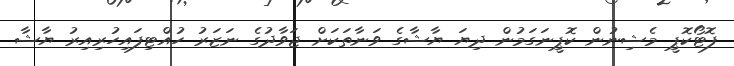
ފޮޓޯކޮޕީ މެޝިނުން ކޮޕީނަގަމުން ދިޔަ ޔާޝާގެ ވަނާތަކަށް ޖަވާދުގެ ނަޒަރު ހުއްޓިފައިހުރިއިރު ޔާޝާ